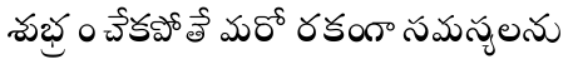
శుభ్రం చేకపోతే మరో రకంగా సమస్యలను